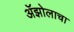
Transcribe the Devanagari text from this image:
ॲझोलाचा